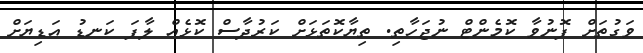
ވަގުތަށް ފޮނުވާ ކޮމެންޓް ނުޖަހާތި. ތިޔާކޮތަޅަށް ކަރުދާސް ކޮޅެއް ލާފަ ކަނޑު އަޑިޔަށް